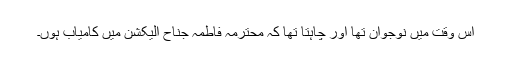
اس وقت میں نوجوان تھا اور چاہتا تھا کہ محترمہ فاطمہ جناح الیکشن میں کامیاب ہوں۔